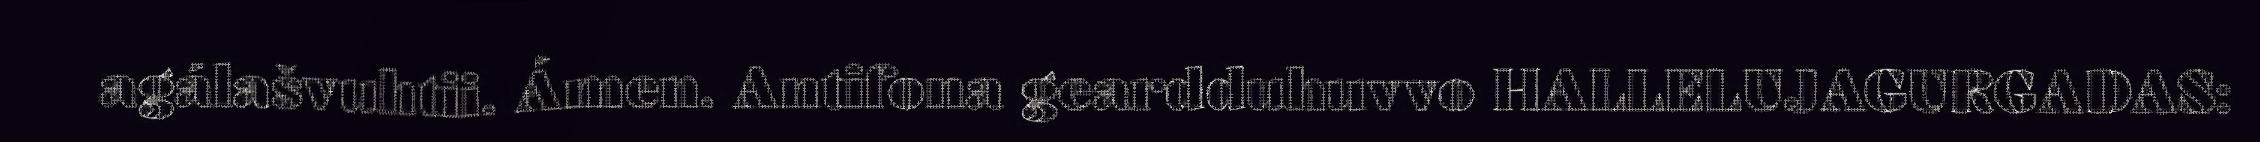
agálašvuhtii. Ámen. Antifona geardduhuvvo HALLELUJAGURGADAS: